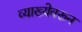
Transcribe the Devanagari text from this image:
व्याख्येवरून